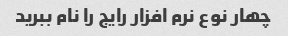
چهار نوع نرم افزار رایج را نام ببرید